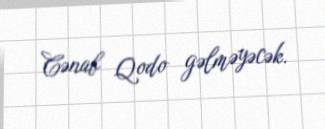
Cənab Qodo gəlməyəcək.